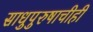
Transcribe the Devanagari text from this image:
साधुपुरुषाचीही